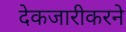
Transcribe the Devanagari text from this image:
देकजारीकरने